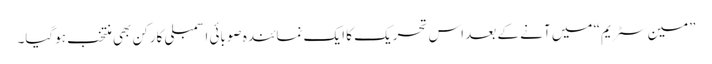
”مین سٹریم“ میں آنے کے بعد اس تحریک کا ایک نمائندہ صوبائی اسمبلی کارکن بھی منتخب ہوگیا۔